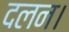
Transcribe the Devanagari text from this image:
दलन।